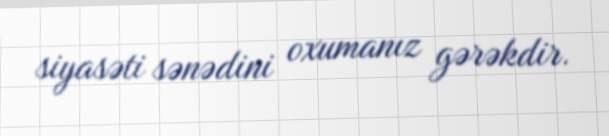
siyasəti sənədini oxumanız gərəkdir.